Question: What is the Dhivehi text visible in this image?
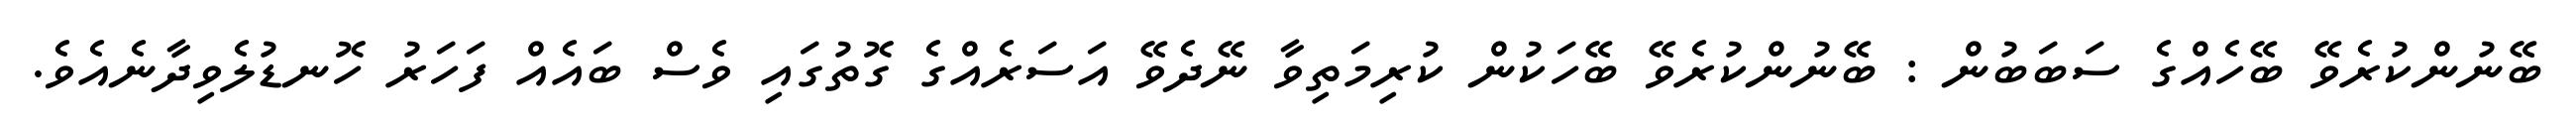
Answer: ބޭނުންކުރެވޭ ބޭހެއްގެ ސަބަބުން : ބޭނުންކުރެވޭ ބޭހަކުން ކުރިމަތިވާ ނޭދެވޭ އަސަރެއްގެ ގޮތުގައި ވެސް ބައެއް ފަހަރު ހޮނޑުލެވިދާނެއެވެ.